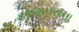
કરણપરાના